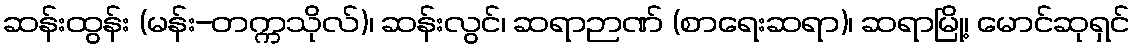
ဆန်းထွန်း (မန်း-တက္ကသိုလ်)၊ ဆန်းလွင်၊ ဆရာဉာဏ် (စာရေးဆရာ)၊ ဆရာမြို့၊ မောင်ဆုရှင်